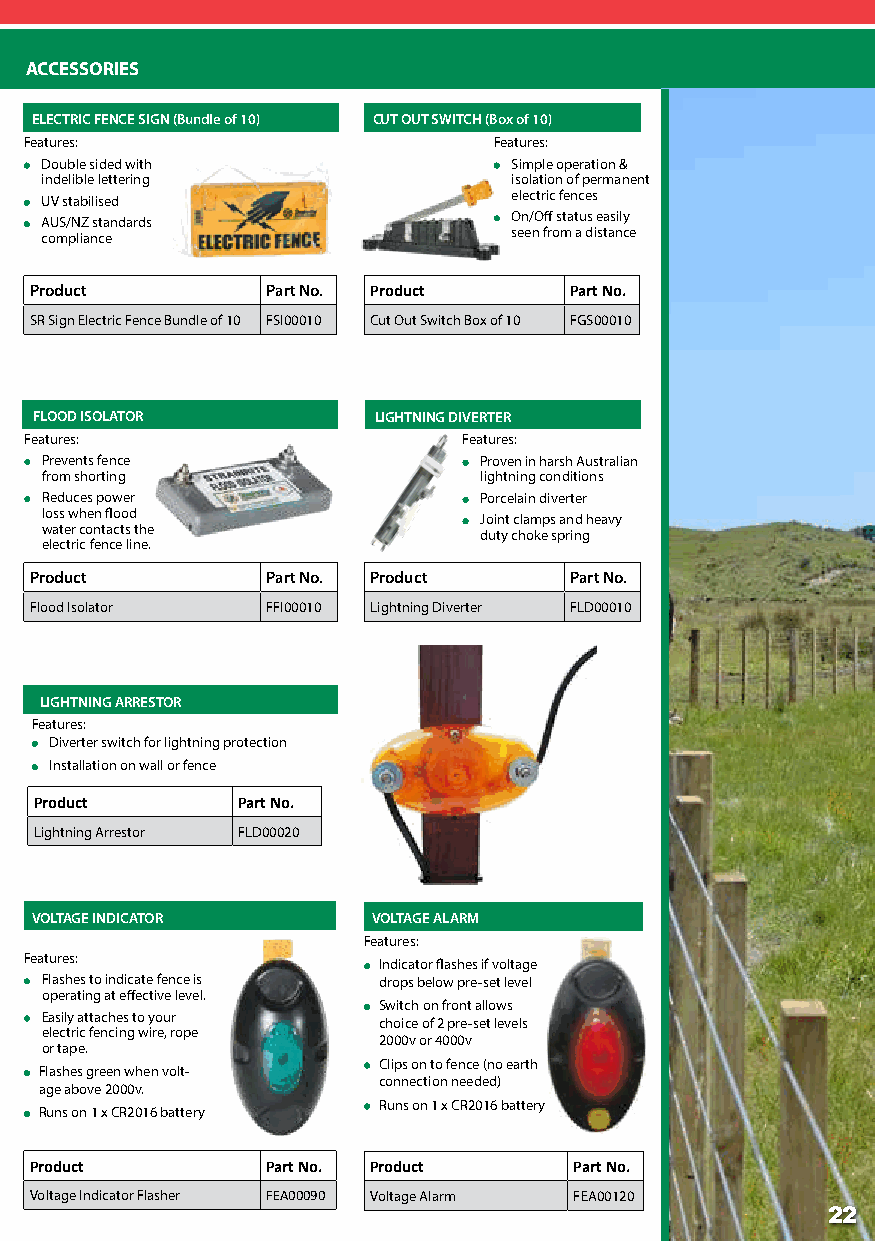
ACCESSORIES
 ELECTRIC FENCE SIGN (Bundle of 10) CUT OUT SWITCH (Box of 10)
 Features:                      Features:
 Double sided with              Simple operation &
 indelible lettering            isolation of permanent
 UV stabilised                  electric fences
 AUS/NZ standards               On/Off status easily
 compliance                     seen from a distance
 Product         Part No. Product    Part No.
 SR Sign Electric Fence Bundle of 10 FSI00010 Cut Out Switch Box of 10 FGS00010
 FLOOD ISOLATOR         LIGHTNING DIVERTER
 Features:                    Features:
 Prevents fence               Proven in harsh Australian
 from shorting                lightning conditions
 Reduces power                Porcelain diverter
 loss when flood
 Joint clamps and heavy
 water contacts the
 duty choke spring
 electric fence line.
 Product         Part No. Product    Part No.
 Flood Isolator  FFI00010 Lightning Diverter FLD00010
 ENERGIZER CONNECTOR CLIPS & LEADS
 Features:
 Plastic connector clip with an insulated silicone
 coating for extra protection
 Stainless steel spring & jaw preventing erosion LIGHTNING ARRESTOR
 and rust.
 Features:
 Easy wire attachment allowing easy termination.
 Diverter switch for lightning protection
 Installation on wall or fence
 Product       Part No.
 Lightning Arrestor FLD00020
 VOLTAGE INDICATOR      VOLTAGE ALARM
 FLASHER               Features:
 Features:
 Indicator flashes if voltage
 Flashes to indicate fence is drops below pre-set level
 operating at effective level.
 Switch on front allows
 Easily attaches to your choice of 2 pre-set levels
 electric fencing wire, rope
 2000v or 4000v
 or tape.
 Clips on to fence (no earth
 Flashes green when volt-
 connection needed)
 age above 2000v.
 Runs on 1 x CR2016 battery
 Runs on 1 x CR2016 battery
 Product         Part No. Product    Part No.
 Voltage Indicator Flasher FEA00090 Voltage Alarm FEA00120
 22